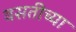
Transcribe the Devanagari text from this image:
वसतीच्या